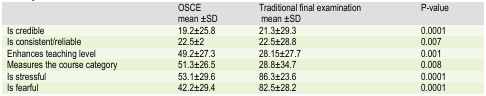
<table><thead><tr><td></td><td><b>OSCEmean ±SD</b></td><td><b>Traditional final examinationmean ±SD</b></td><td><b>P-value</b></td></tr></thead><tbody><tr><td><b>Is credible</b></td><td><b>19.2±25.8</b></td><td><b>21.3±29.3</b></td><td><b>0.0001</b></td></tr><tr><td><b>Is consistent/reliable</b></td><td><b>22.5±2</b></td><td><b>22.5±28.8</b></td><td><b>0.007</b></td></tr><tr><td><b>Enhances teaching level </b></td><td><b>49.2±27.3</b></td><td><b>28.15±27.7</b></td><td><b>0.001</b></td></tr><tr><td><b>Measures the course category</b></td><td><b>51.3±26.5</b></td><td><b>28.8±34.7</b></td><td><b>0.008</b></td></tr><tr><td><b>Is stressful</b></td><td><b>53.1±29.6</b></td><td><b>86.3±23.6</b></td><td><b>0.0001</b></td></tr><tr><td><b>Is fearful </b></td><td><b>42.2±29.4</b></td><td><b>82.5±28.2</b></td><td><b>0.0001</b></td></tr></tbody></table>